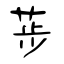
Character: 荹